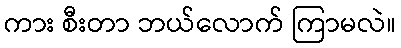
ကား စီးတာ ဘယ်လောက် ကြာမလဲ။